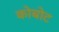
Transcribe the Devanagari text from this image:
कोबोट